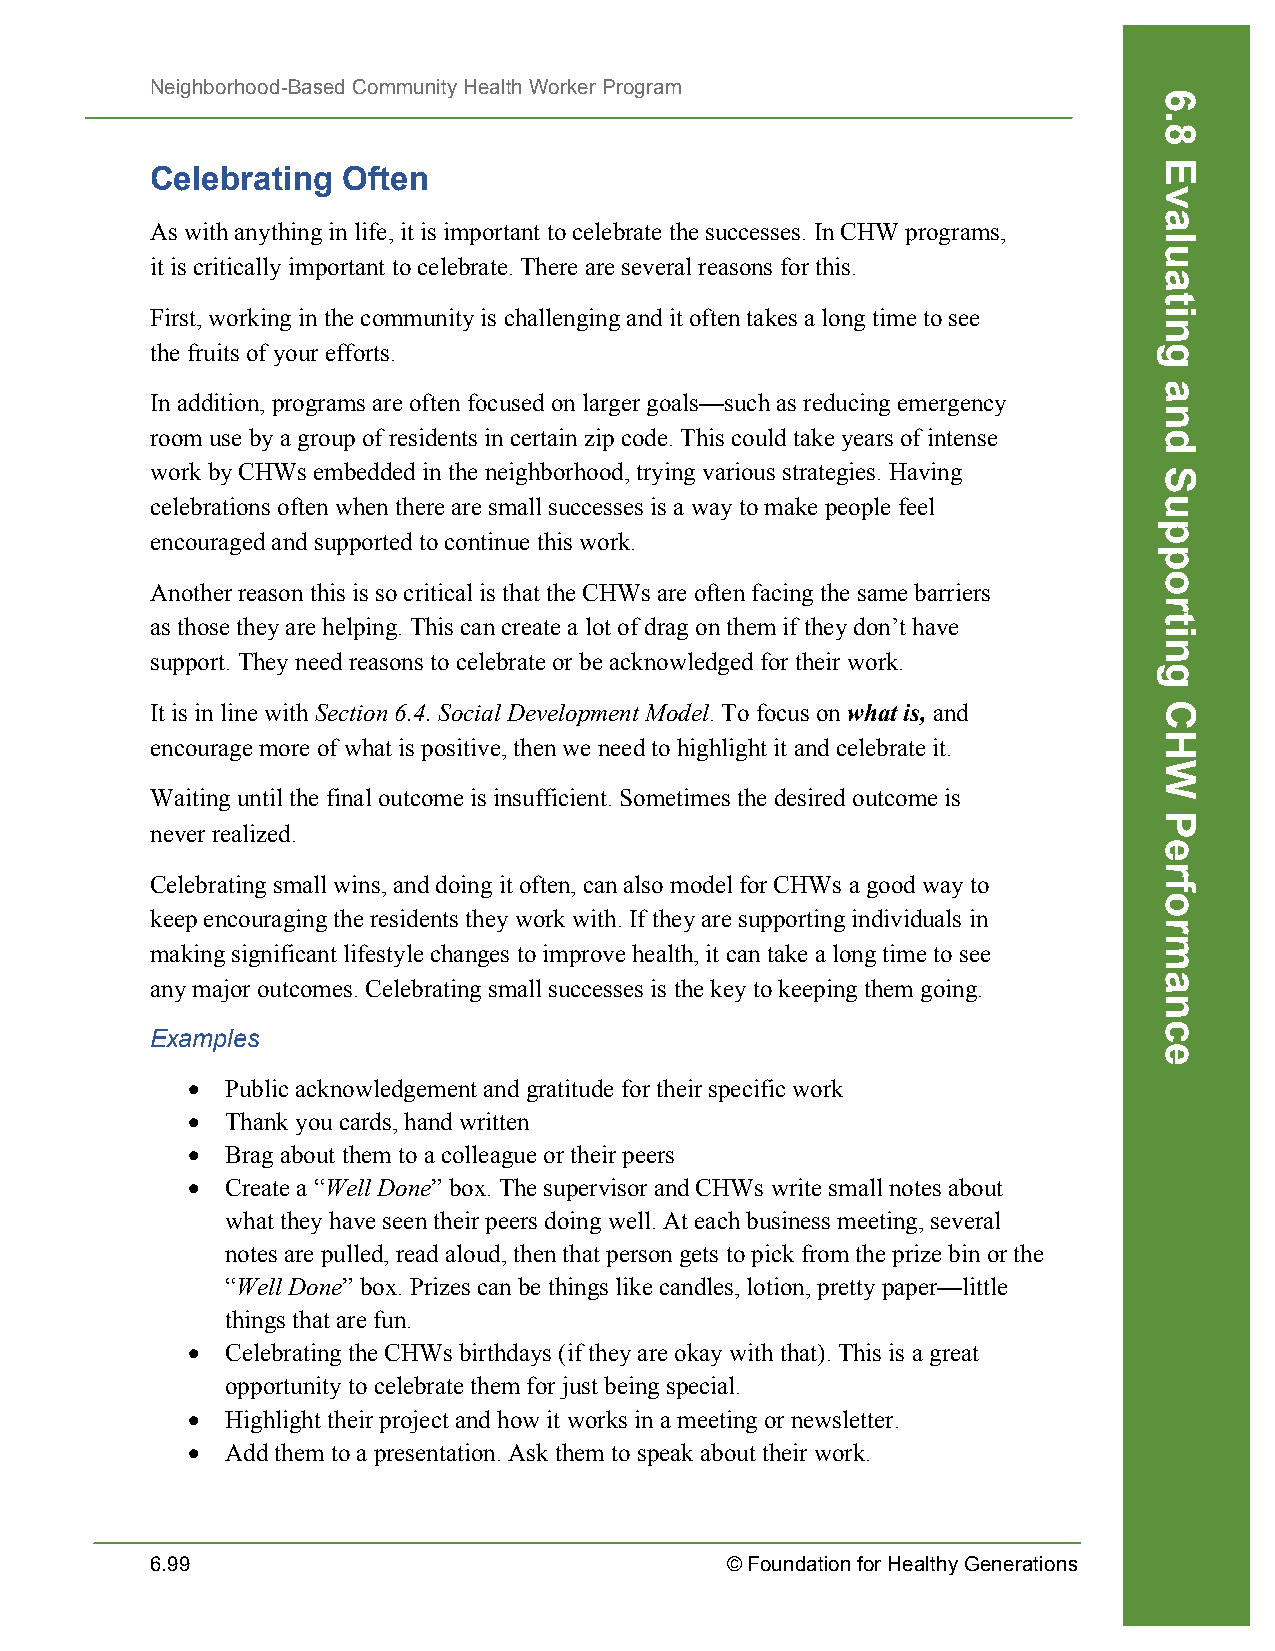
Neighborhood-Based Community Health Worker Program
 Celebrating  Often
 As with anything in life, it is important to celebrate the successes. In CHW programs,
 it is critically important to celebrate. There are several reasons for this.
 First, working in the community is challenging and it often takes a long time to see
 the fruits of your efforts.
 In addition, programs are often focused on larger goals—such as reducing emergency
 room use by a group of residents in certain zip code. This could take years of intense
 work by CHWs embedded in the neighborhood, trying various strategies. Having
 celebrations often when there are small successes is a way to make people feel
 encouraged and supported to continue this work.
 Another reason this is so critical is that the CHWs are often facing the same barriers
 as those they are helping. This can create a lot of drag on them if they don’t have
 support. They need reasons to celebrate or be acknowledged for their work.
 It is in line with Section 6.4. Social Development Model. To focus on what is, and
 encourage more of what is positive, then we need to highlight it and celebrate it.
 Waiting until the final outcome is insufficient. Sometimes the desired outcome is
 never realized.
 Celebrating small wins, and doing it often, can also model for CHWs a good way to
 keep encouraging the residents they work with. If they are supporting individuals in
 making significant lifestyle changes to improve health, it can take a long time to see
 any major outcomes. Celebrating small successes is the key to keeping them going.
 Examples
 •  Public acknowledgement and gratitude for their specific work
 •  Thank you cards, hand written
 •  Brag about them to a colleague or their peers
 •  Create a “Well Done” box. The supervisor and CHWs write small notes about
 what they have seen their peers doing well. At each business meeting, several
 notes are pulled, read aloud, then that person gets to pick from the prize bin or the
 “Well Done” box. Prizes can be things like candles, lotion, pretty paper—little
 things that are fun.
 •  Celebrating the CHWs birthdays (if they are okay with that). This is a great
 opportunity to celebrate them for just being special.
 •  Highlight their project and how it works in a meeting or newsletter.
 •  Add them to a presentation. Ask them to speak about their work.
 6.99                                  © Foundation for Healthy Generations
 6.8
 Evaluating
 and
 Supporting
 CHW
 Performance